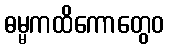
ဓမ္မကထိကောတွေဝ